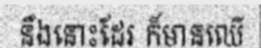
នឹងនោះដែរ ក៏មានឈើ